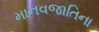
માનવજાતિના